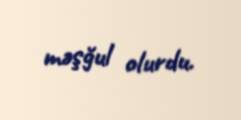
məşğul olurdu.